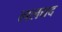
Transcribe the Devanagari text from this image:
ललद्यद